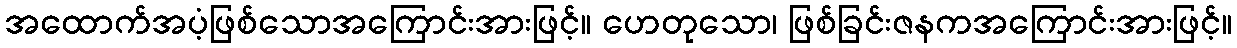
အထောက်အပံ့ဖြစ်သောအကြောင်းအားဖြင့်။ ဟေတုသော၊ ဖြစ်ခြင်းဇနကအကြောင်းအားဖြင့်။